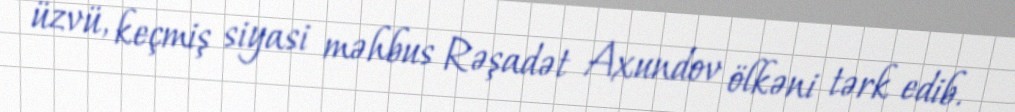
üzvü, keçmiş siyasi məhbus Rəşadət Axundov ölkəni tərk edib.